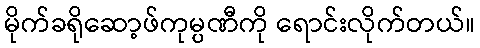
မိုက်ခရိုဆော့ဖ်ကုမ္ပဏီကို ရောင်းလိုက်တယ်။